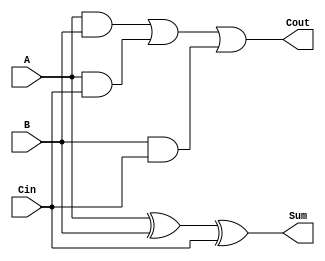
module full_adder(
    input A,
    input B,
    input Cin,
    output Sum,
    output Cout
);

assign Sum = A ^ B ^ Cin; // XOR gate implementation for Sum output
assign Cout = (A & B) | (A & Cin) | (B & Cin); // AND gate implementation for Cout output

endmodule